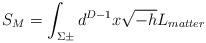
LaTeX: \begin{align*}S_{M}=\int_{\Sigma\pm} d^{D-1}x \sqrt{-h}L_{matter}\end{align*}